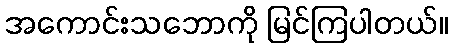
အကောင်းသဘောကို မြင်ကြပါတယ်။